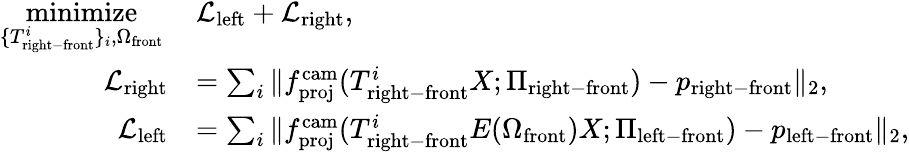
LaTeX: \begin{array}{rl}{\underset{\{ T_{\mathrm{right-front}}^{i}\} _{i},\Omega_{\mathrm{front}}}{\mathrm{minimize}}\, }&{\mathcal{L}_{\mathrm{left}}+\mathcal{L}_{\mathrm{right}},}\\ {\mathcal{L}_{\mathrm{right}}}&{=\sum_{i}\| f_{\mathrm{proj}}^{\mathrm{cam}}(T_{\mathrm{right-front}}^{i}X;\Pi_{\mathrm{right-front}})-p_{\mathrm{right-front}}\| _{2},}\\ {\mathcal{L}_{\mathrm{left}}}&{=\sum_{i}\| f_{\mathrm{proj}}^{\mathrm{cam}}(T_{\mathrm{right-front}}^{i}E(\Omega_{\mathrm{front}})X;\Pi_{\mathrm{left-front}})-p_{\mathrm{left-front}}\| _{2},}\end{array}